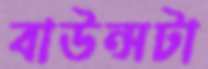
বাউন্সটা